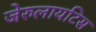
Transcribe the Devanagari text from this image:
जेरुलायटिस